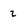
Character: 2